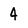
Character: 4